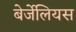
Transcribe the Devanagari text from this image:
बेर्जेलियस